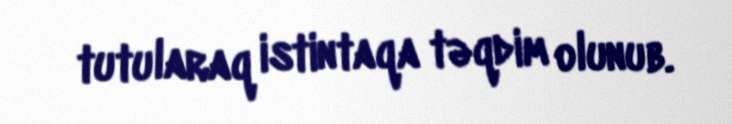
tutularaq istintaqa təqdim olunub.